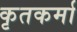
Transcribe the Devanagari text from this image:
कृतकर्मा